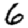
Digit: 6